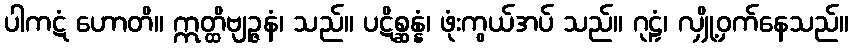
ပါကဋံ ဟောတိ။ ဣတ္ထိဗျဉ္ဇနံ၊ သည်။ ပဋိစ္ဆန္နံ၊ ဖုံးကွယ်အပ် သည်။ ဂုဠှံ၊ လျှို့ဝှက်နေသည်။